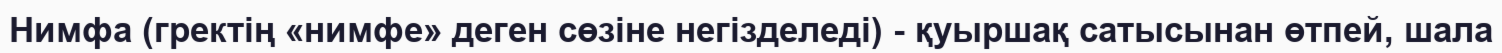
Нимфа (гректің «нимфе» деген сөзіне негізделеді) - қуыршақ сатысынан өтпей, шала